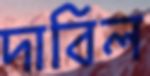
দাবিল